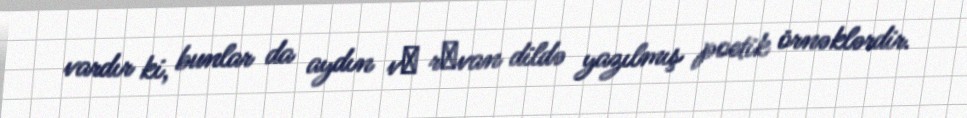
vardır ki, bunlar da aydın vә rәvan dildə yazılmış poetik örnəklərdir.